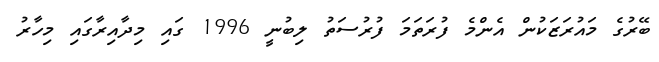
ބޭރުގެ މައުރަޒަކުން އެންމެ ފުރަތަމަ ފުރުސަތު ލިބުނީ 1996 ގައި މިދާއިރާގައި މިހާރު